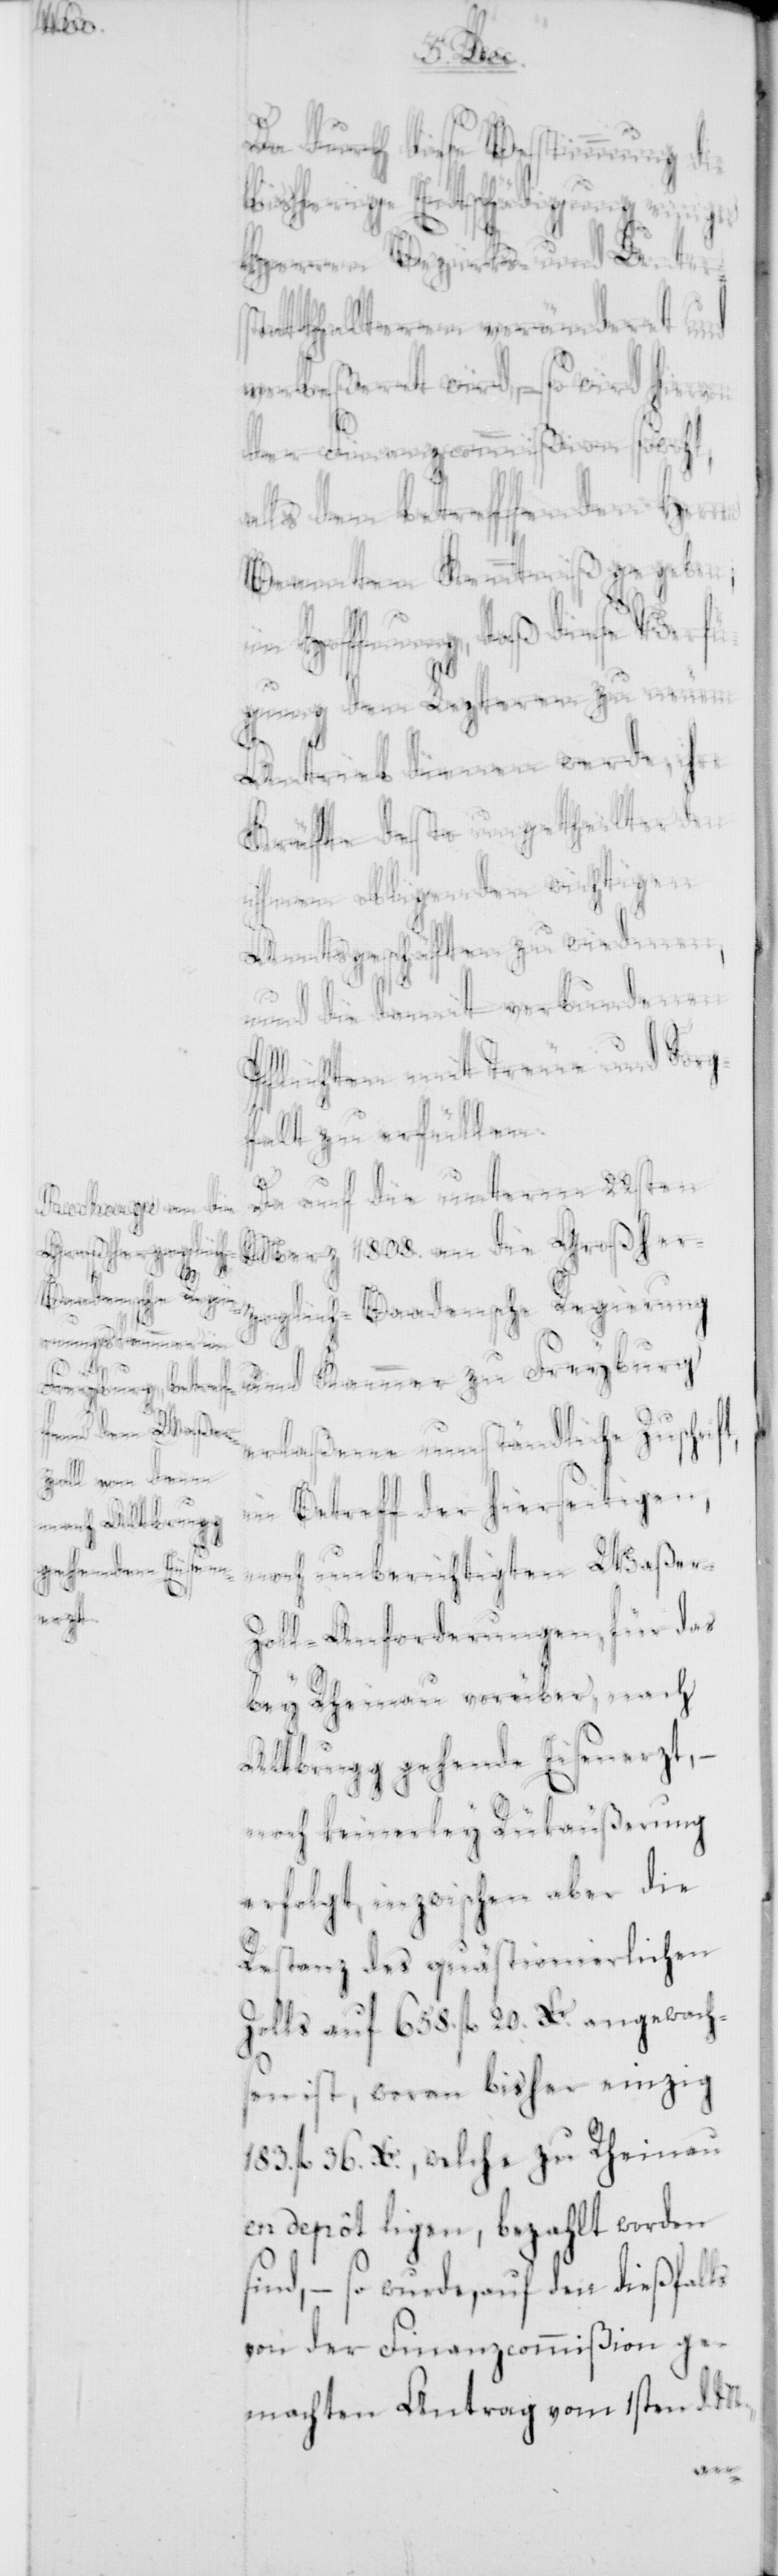
t,

Da durch diese Bestimmung die
bisherige Entschädigung einiger
Herren Bezirks- und Unter¬
statthalteren veränderet und
verbeßeret wird, – so wird hiervon
der Finanzcommißion sowohl,
als den betreffenden Herren
Beamten Kenntniß gegeben;
in Hoffnung, daß diese Verfü¬
gung den Lezteren zu neuem
Antrieb dienen werde, ihre
Kräfte desto ungetheilter den
ihnen obligenden wichtigen
Amtsgeschäften zu wiedmen,
und die damit verbundenen
Pflichten mit Treue und Sorg¬
falt zu erfüllen.
Da auf die unterm 22sten
März 1808. an die Großher¬
zoglich-Baadensche Regierung
und Kammer zu Freyburg
erlaßene umständliche Zuschrif¬
in Betreff der hierseitigen,
noch unberichtigten Waßer-Z¬
oll-Anforderungen, für das
bey Rheinau vorüber, nach
Altbrugg gehende Eisenerzt, –
noch keinerley Rükäußerung
erfolgt, inzwischen aber die
Restanz des quästionierlichen
Zolls auf 658. fl. 20. Kr. angewach¬
sen ist, woran bisher einzig
183. fl. 36. Kr., welche zu Rheinau
en depôt ligen, bezahlt worden
sind, – so wurde, auf den dießfalls
von der Finanzcommißion ge¬
machten Antrag vom 1sten d. M.,